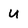
Character: U